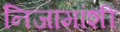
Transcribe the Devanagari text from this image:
निजामांशी